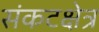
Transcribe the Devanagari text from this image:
संकटक्षेत्र